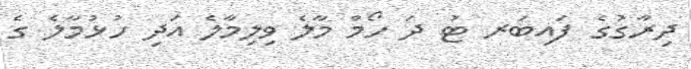
ދިރާގުގެ ފައިބަރ ޓު ދަ ހޯމް މާލެ ވިލިމާލެ އަދި ހުޅުމާލެ ގެ